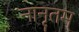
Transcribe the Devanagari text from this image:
नानृतम्